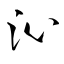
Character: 沁